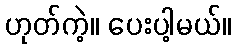
ဟုတ်ကဲ့။ ပေးပါ့မယ်။